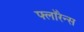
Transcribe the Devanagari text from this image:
फ्लाॅरेन्स